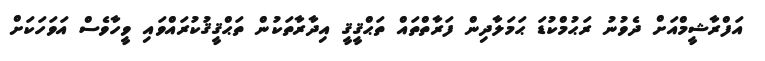
އަފްރާޝީމްއަށް ދެވުނު ރަޙުމްކުޑަ ޙަމަލާދިން ފަރާތްތައް ތަޙްޤީޤީ އިދާރާތަކުން ތަޙްޤީޤުކުރައްވައި ވީހާވެސް އަވަހަކަށް